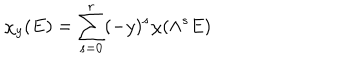
\chi _ { y } ( E ) = \sum _ { s = 0 } ^ { r } ( - y ) ^ { s } \chi ( \wedge ^ { s } E ) \,